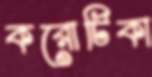
করোটিকা